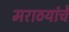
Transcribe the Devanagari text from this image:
मराठयांचे